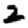
Digit: 2